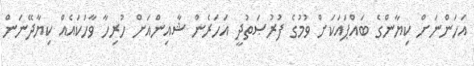
އަހަންނަށް ކިޔާންގެ ބައްޕައަކަށް ވުމުގެ ފުރުޞަތުދީ އަހަރެން ޝާއިންއަށް ހުރިހާ ވާހަކައެއް ކިޔާދޭނަން